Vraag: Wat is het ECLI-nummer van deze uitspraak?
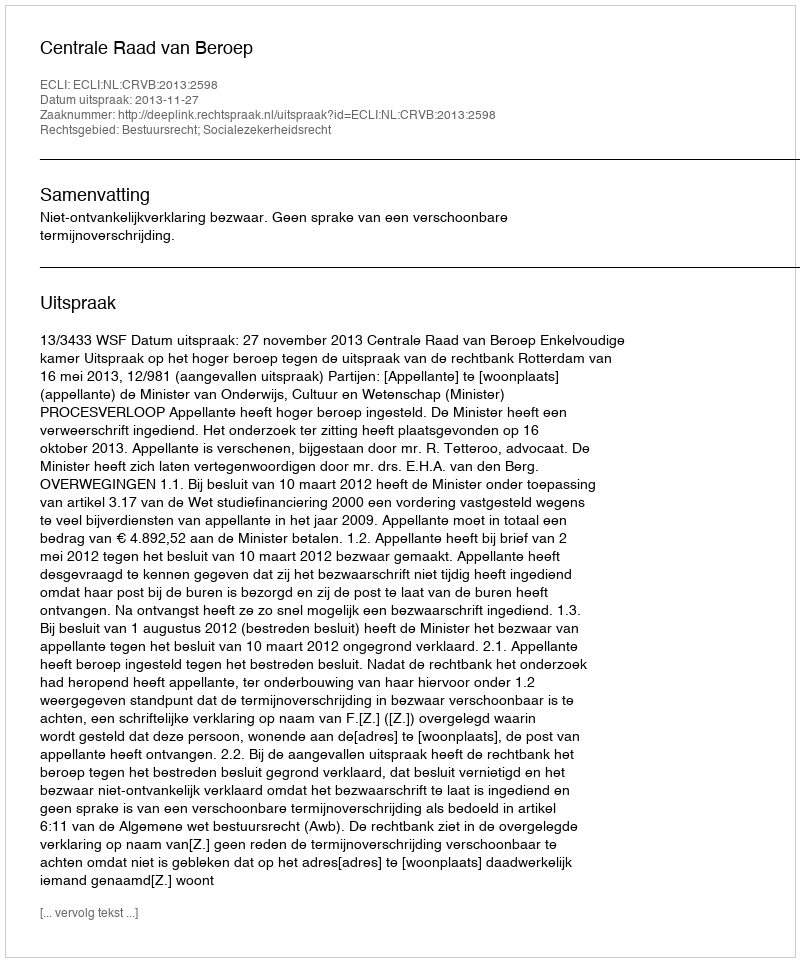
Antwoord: ECLI:NL:CRVB:2013:2598